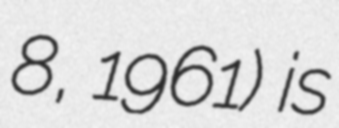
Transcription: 8, 1961) is